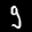
Label: 9